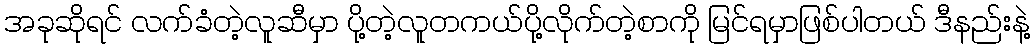
အခုဆိုရင် လက်ခံတဲ့လူဆီမှာ ပို့တဲ့လူတကယ်ပို့လိုက်တဲ့စာကို မြင်ရမှာဖြစ်ပါတယ် ဒီနည်းနဲ့